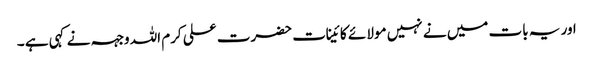
اور یہ بات میں نے نہیں مولا ئے کائینات حضرت علی کرم اللہ وجہہ نے کہی ہے ۔